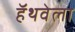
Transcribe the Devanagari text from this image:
हॅथवेला